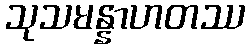
သုသမန္နာဟတဿ